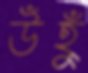
উঁহুঁ